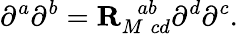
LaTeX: \partial^{a}\partial^{b}={\mathbf R}_{M\; cd}^{\; \; ab}\partial^{d}\partial^{c}.